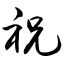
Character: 祝